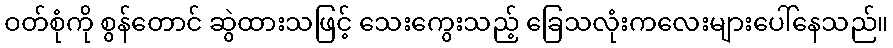
ဝတ်စုံကို စွန်တောင် ဆွဲထားသဖြင့် သေးကွေးသည့် ခြေသလုံးကလေးများပေါ်နေသည်။